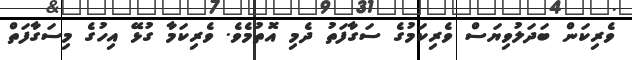
ވެރިކަން ބަދަލުވިޔަސް ވެރިކަމުގެ ސަގާފަތު ދެމި އޮތުމެވެ. ވެރިކަމާ ގުޅޭ އިހުގެ މިސަގާފަތް